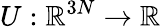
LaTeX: U:\mathbb{R}^{3N}\xrightarrow{}\mathbb{R}